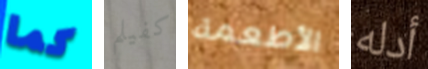
كما كفيلم الأطعمة أدله